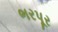
ભરપૂર